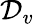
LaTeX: \mathcal{D}_{v}